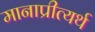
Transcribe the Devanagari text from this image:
मानाप्रीत्यर्थ